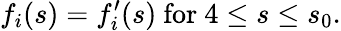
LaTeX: f_{i}(s)=f_{i}^{\prime}(s)\mathrm{~for~}4\leq s\leq s_{0}.